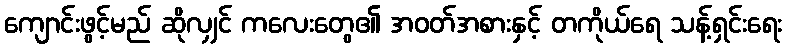
ကျောင်းဖွင့်မည် ဆိုလျှင် ကလေးတွေ၏ အဝတ်အစားနှင့် တကိုယ်ရေ သန့်ရှင်းရေး